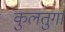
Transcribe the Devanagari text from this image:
कुलतुगा